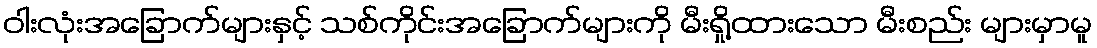
ဝါးလုံးအခြောက်များနှင့် သစ်ကိုင်းအခြောက်များကို မီးရှို့ထားသော မီးစည်း များမှာမူ